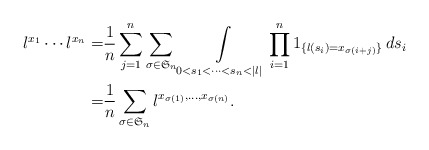
\begin{align*}l^{x_1}\cdots l^{x_n}=&\frac{1}{n}\sum\limits_{j=1}^{n}\sum\limits_{\sigma\in\mathfrak{S}_n}\int\limits_{0<s_1<\cdots<s_n<|l|}\prod\limits_{i=1}^{n}1_{\{l(s_i)=x_{\sigma(i+j)}\}}\,ds_i\\=&\frac{1}{n}\sum\limits_{\sigma\in\mathfrak{S}_n}l^{x_{\sigma(1)},\ldots,x_{\sigma(n)}}.\end{align*}